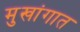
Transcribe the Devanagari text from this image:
मुखांगात